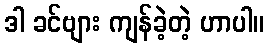
ဒါ ခင်ဗျား ကျန်ခဲ့တဲ့ ဟာပါ။